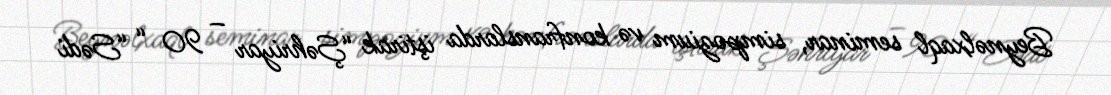
Beynəlxaql seminar, simpozium və konfranslarda iştirak “Şəhriyar – 90 “ “Sədi